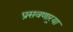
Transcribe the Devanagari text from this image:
प्रसवणार्‍या